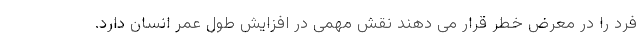
فرد را در معرض خطر قرار می دهند نقش مهمی در افزایش طول عمر انسان دارد.